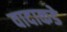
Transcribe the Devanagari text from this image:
वादाकडे